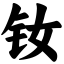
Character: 钕